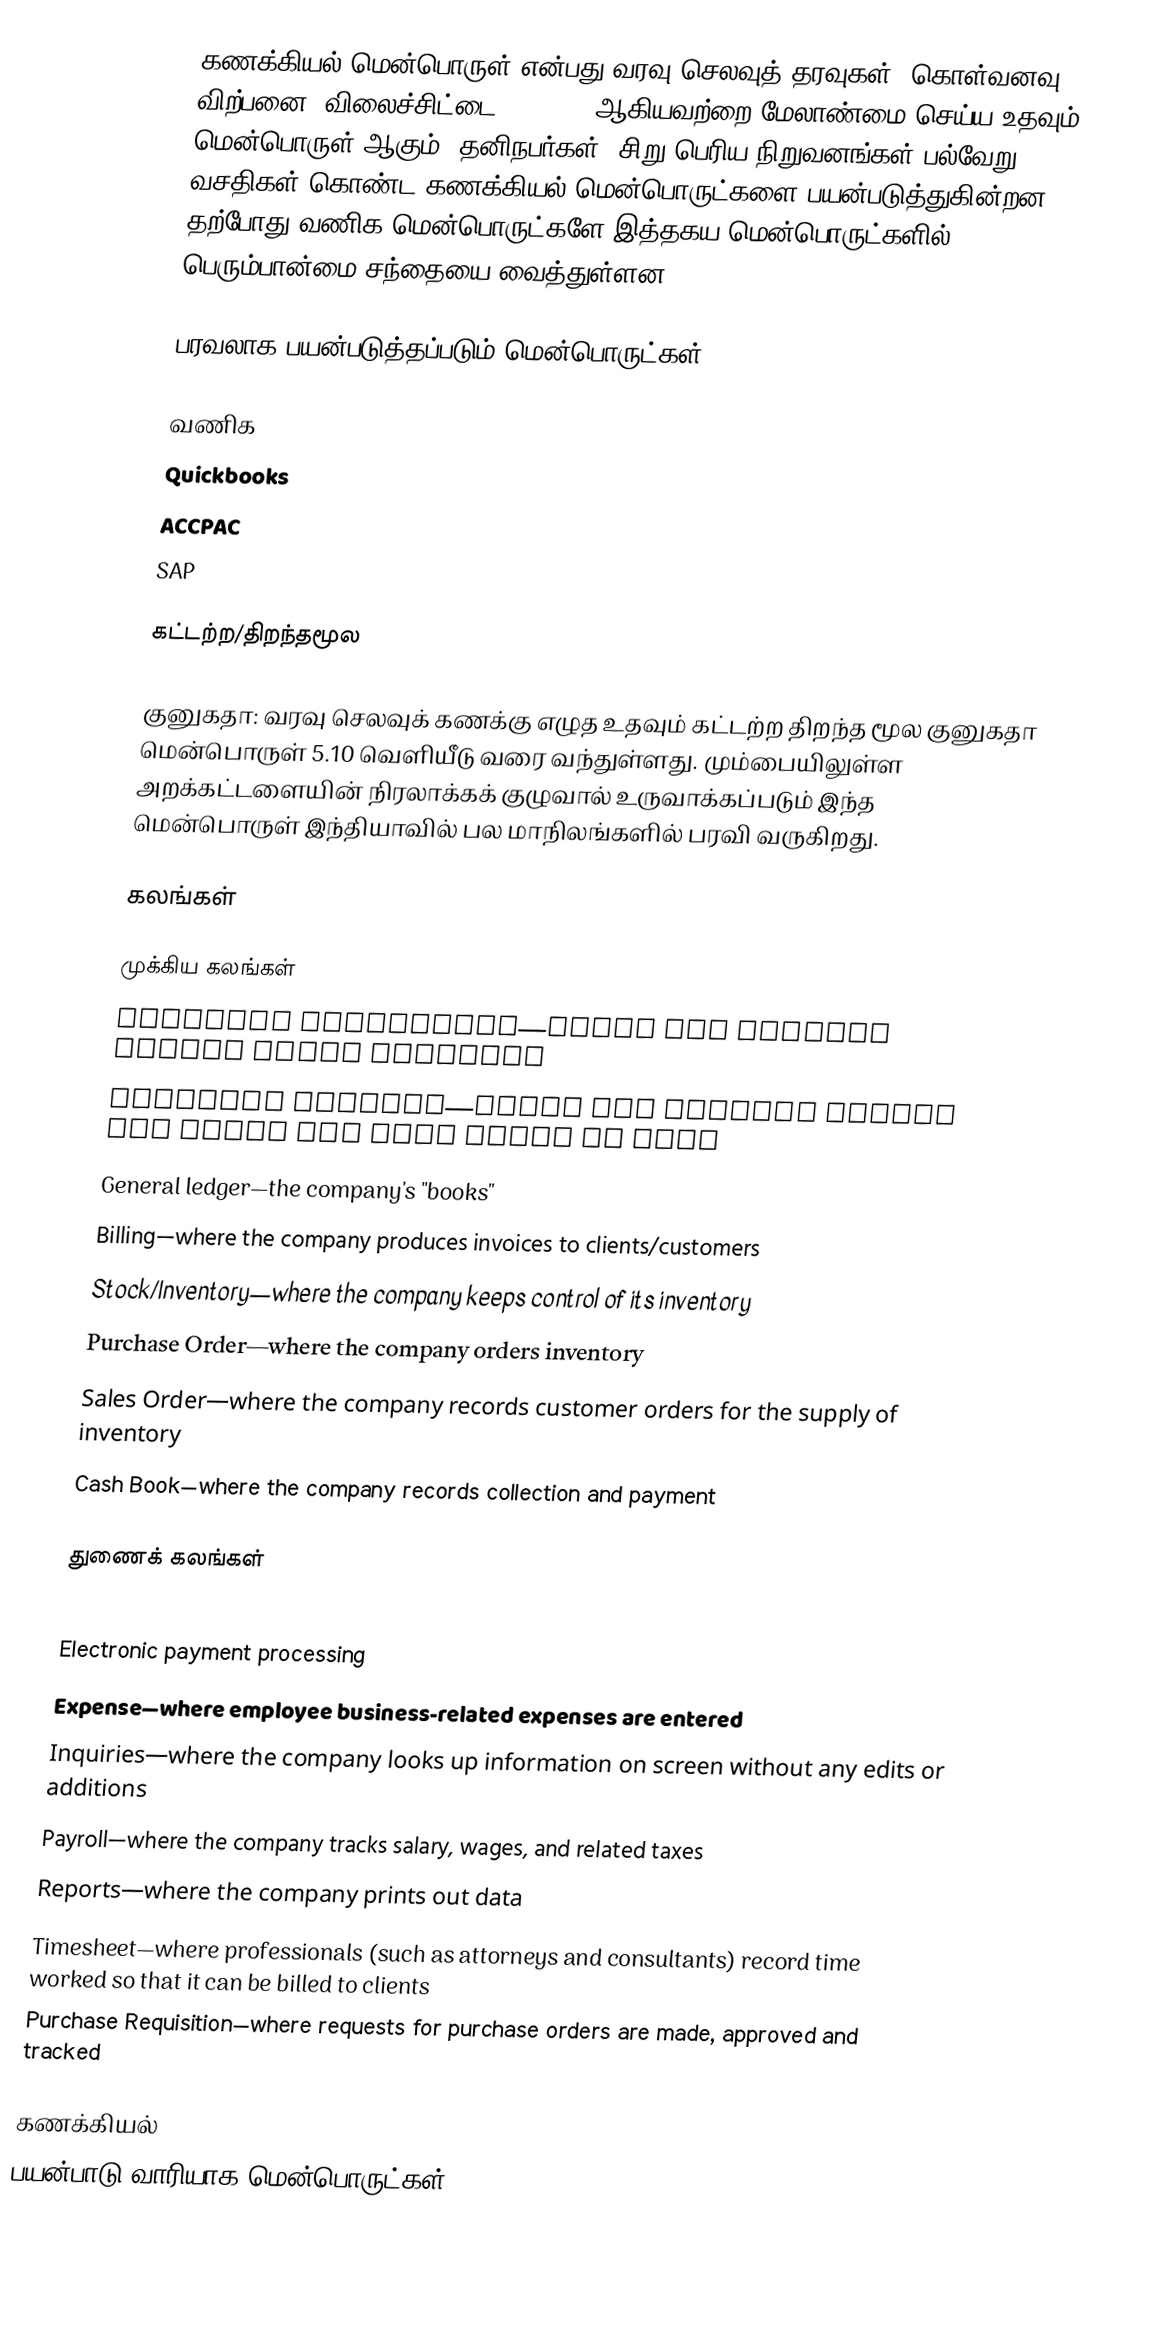
கணக்கியல் மென்பொருள் என்பது வரவு செலவுத் தரவுகள், கொள்வனவு, விற்பனை, விலைச்சிட்டை, payroll ஆகியவற்றை மேலாண்மை செய்ய உதவும் மென்பொருள் ஆகும்.  தனிநபர்கள், சிறு பெரிய நிறுவனங்கள் பல்வேறு வசதிகள் கொண்ட கணக்கியல் மென்பொருட்களை பயன்படுத்துகின்றன.  தற்போது வணிக மென்பொருட்களே இத்தகய மென்பொருட்களில் பெரும்பான்மை சந்தையை வைத்துள்ளன.

பரவலாக பயன்படுத்தப்படும் மென்பொருட்கள்

வணிக
 Quickbooks
 ACCPAC
 SAP

கட்டற்ற/திறந்தமூல

 குனுகதா:  வரவு செலவுக் கணக்கு எழுத உதவும் கட்டற்ற திறந்த மூல குனுகதா மென்பொருள் 5.10 வெளியீடு வரை வந்துள்ளது. மும்பையிலுள்ள அறக்கட்டளையின்  நிரலாக்கக் குழுவால் உருவாக்கப்படும் இந்த மென்பொருள் இந்தியாவில் பல மாநிலங்களில் பரவி வருகிறது.

கலங்கள்

முக்கிய கலங்கள்
Accounts receivable—where the company enters money received
Accounts payable—where the company enters its bills and pays money it owes
General ledger—the company's "books"
Billing—where the company produces invoices to clients/customers
Stock/Inventory—where the company keeps control of its inventory
Purchase Order—where the company orders inventory
Sales Order—where the company records customer orders for the supply of inventory
Cash Book—where the company records collection and payment

துணைக் கலங்கள்
Debt Collection—where the company tracks attempts to collect overdue bills (sometimes part of accounts receivable)
Electronic payment processing
Expense—where employee business-related expenses are entered
Inquiries—where the company looks up information on screen without any edits or additions
Payroll—where the company tracks salary, wages, and related taxes
Reports—where the company prints out data
Timesheet—where professionals (such as attorneys and consultants) record time worked so that it can be billed to clients
 Purchase Requisition—where requests for purchase orders are made, approved and tracked

கணக்கியல்
பயன்பாடு வாரியாக மென்பொருட்கள்